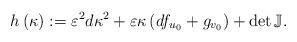
LaTeX: \begin{align*}h\left( \kappa\right) :=\varepsilon^{2}d\kappa^{2}+\varepsilon\kappa\left(df_{u_{0}}+g_{v_{0}}\right) +\det\mathbb{J}.\end{align*}